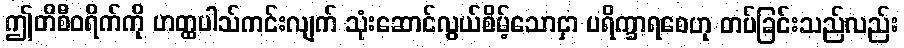
ဤတိစီဝရိက်ကို ဟတ္ထပါသ်ကင်းလျက် သုံးဆောင်လွယ်စိမ့်သောငှာ ပရိက္ခာရစေဟု တပ်ခြင်းသည်လည်း